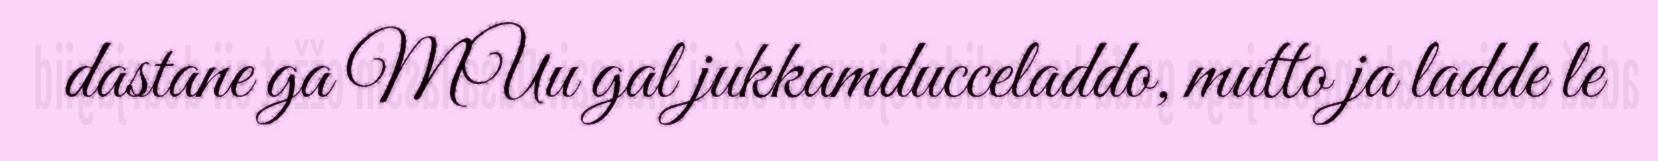
dastane ga MUu gal jukkamducceladdo, mutto ja ladde le